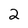
Character: 2